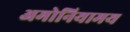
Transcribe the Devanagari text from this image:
अमोनियामय